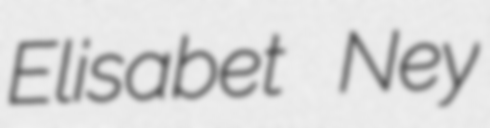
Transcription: Elisabet Ney